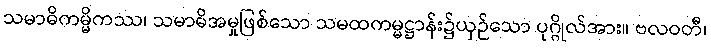
သမာဓိကမ္မိကဿ၊ သမာဓိအမှုဖြစ်သော သမထကမ္မဋ္ဌာန်း၌ယှဉ်သော ပုဂ္ဂိုလ်အား။ ဗလဝတီ၊